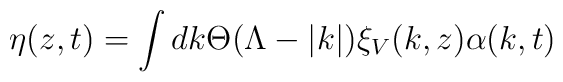
\eta (z,t)=\int dk\Theta (\Lambda -|k|)\xi _{V}(k,z)\alpha (k,t)